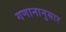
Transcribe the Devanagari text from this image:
गणानानुसार